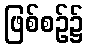
ဖြစ်စဉ်၌